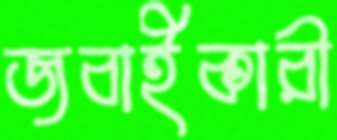
জবাইকারী